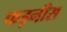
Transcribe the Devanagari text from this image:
फड़नीस